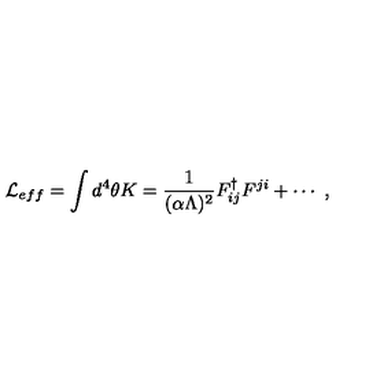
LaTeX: { \cal L } _ { e f f } = \int d ^ { 4 } \theta K = { \frac { 1 } { ( \alpha \Lambda ) ^ { 2 } } } F _ { i j } ^ { \dag } F ^ { j i } + \cdots \ ,